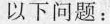
以下问题：